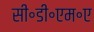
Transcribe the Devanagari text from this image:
सी॰डी॰एम॰ए